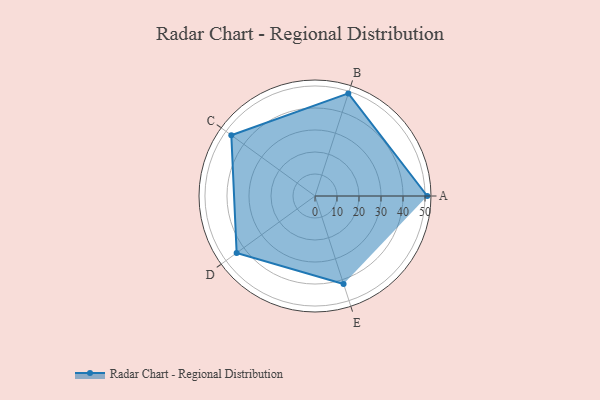
{"axis": {"x": "Skill", "y": "Score"}, "legend": ["Profile"], "data": [{"x": "A", "y": 51.0, "type": "Profile"}, {"x": "B", "y": 49.0, "type": "Profile"}, {"x": "C", "y": 47.0, "type": "Profile"}, {"x": "D", "y": 44.0, "type": "Profile"}, {"x": "E", "y": 42.0, "type": "Profile"}]}